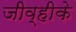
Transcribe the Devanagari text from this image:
जीव्हीके